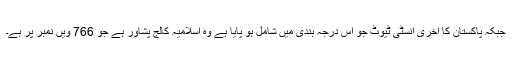
جبکہ پاکستان کا آخری انسٹی ٹیوٹ جو اس درجہ بندی میں شامل ہو پایا ہے وہ اسلامیہ کالج پشاور ہے جو 766 ویں نمبر پر ہے۔